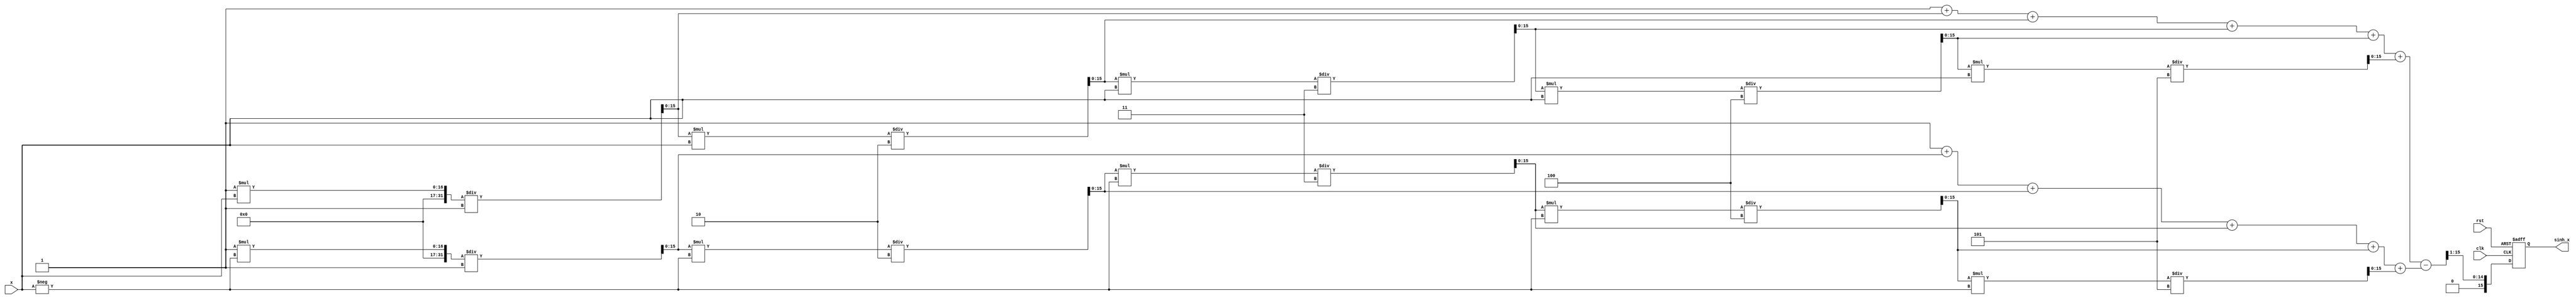
module sinh_arithmetic_block (
    input wire [15:0] x,          // Input signal (fixed-point representation)
    output reg [15:0] sinh_x,     // Output signal (fixed-point representation)
    input wire clk,               // Clock signal
    input wire rst                // Reset signal
);

    // Internal signals
    wire [15:0] exp_x;            // e^x
    wire [15:0] exp_neg_x;        // e^(-x)
    wire [15:0] exp_diff;         // e^x - e^(-x)
    wire [15:0] exp_div;          // (e^x - e^(-x)) / 2

    // Exponential approximation using Taylor series (up to x^5)
    function [15:0] exp_approx;
        input [15:0] x;
        reg [15:0] term;
        reg [15:0] sum;
        integer i;
        begin
            term = 16'h0001; // e^0 = 1
            sum = term;
            for (i = 1; i <= 5; i = i + 1) begin
                term = (term * x) / (i * 16'h0001); // x^i / i!
                sum = sum + term;
            end
            exp_approx = sum;
        end
    endfunction

    // Compute e^x and e^(-x)
    assign exp_x = exp_approx(x);
    assign exp_neg_x = exp_approx(-x);

    // Compute e^x - e^(-x)
    assign exp_diff = exp_x - exp_neg_x;

    // Compute (e^x - e^(-x)) / 2
    assign exp_div = exp_diff >> 1; // Right shift by 1 to divide by 2

    // Control logic
    always @(posedge clk or posedge rst) begin
        if (rst) begin
            sinh_x <= 16'h0000; // Reset output
        end else begin
            sinh_x <= exp_div; // Update output with computed sinh value
        end
    end

endmodule